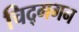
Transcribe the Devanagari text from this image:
चिद्‌गगन